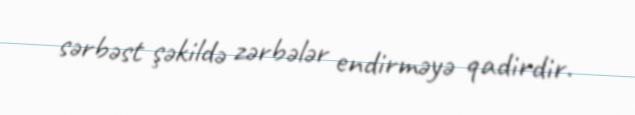
sərbəst şəkildə zərbələr endirməyə qadirdir.